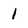
Character: 1